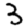
Digit: 3